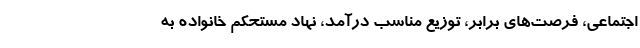
اجتماعی، فرصت‌های برابر، توزیع مناسب درآمد، نهاد مستحکم خانواده به